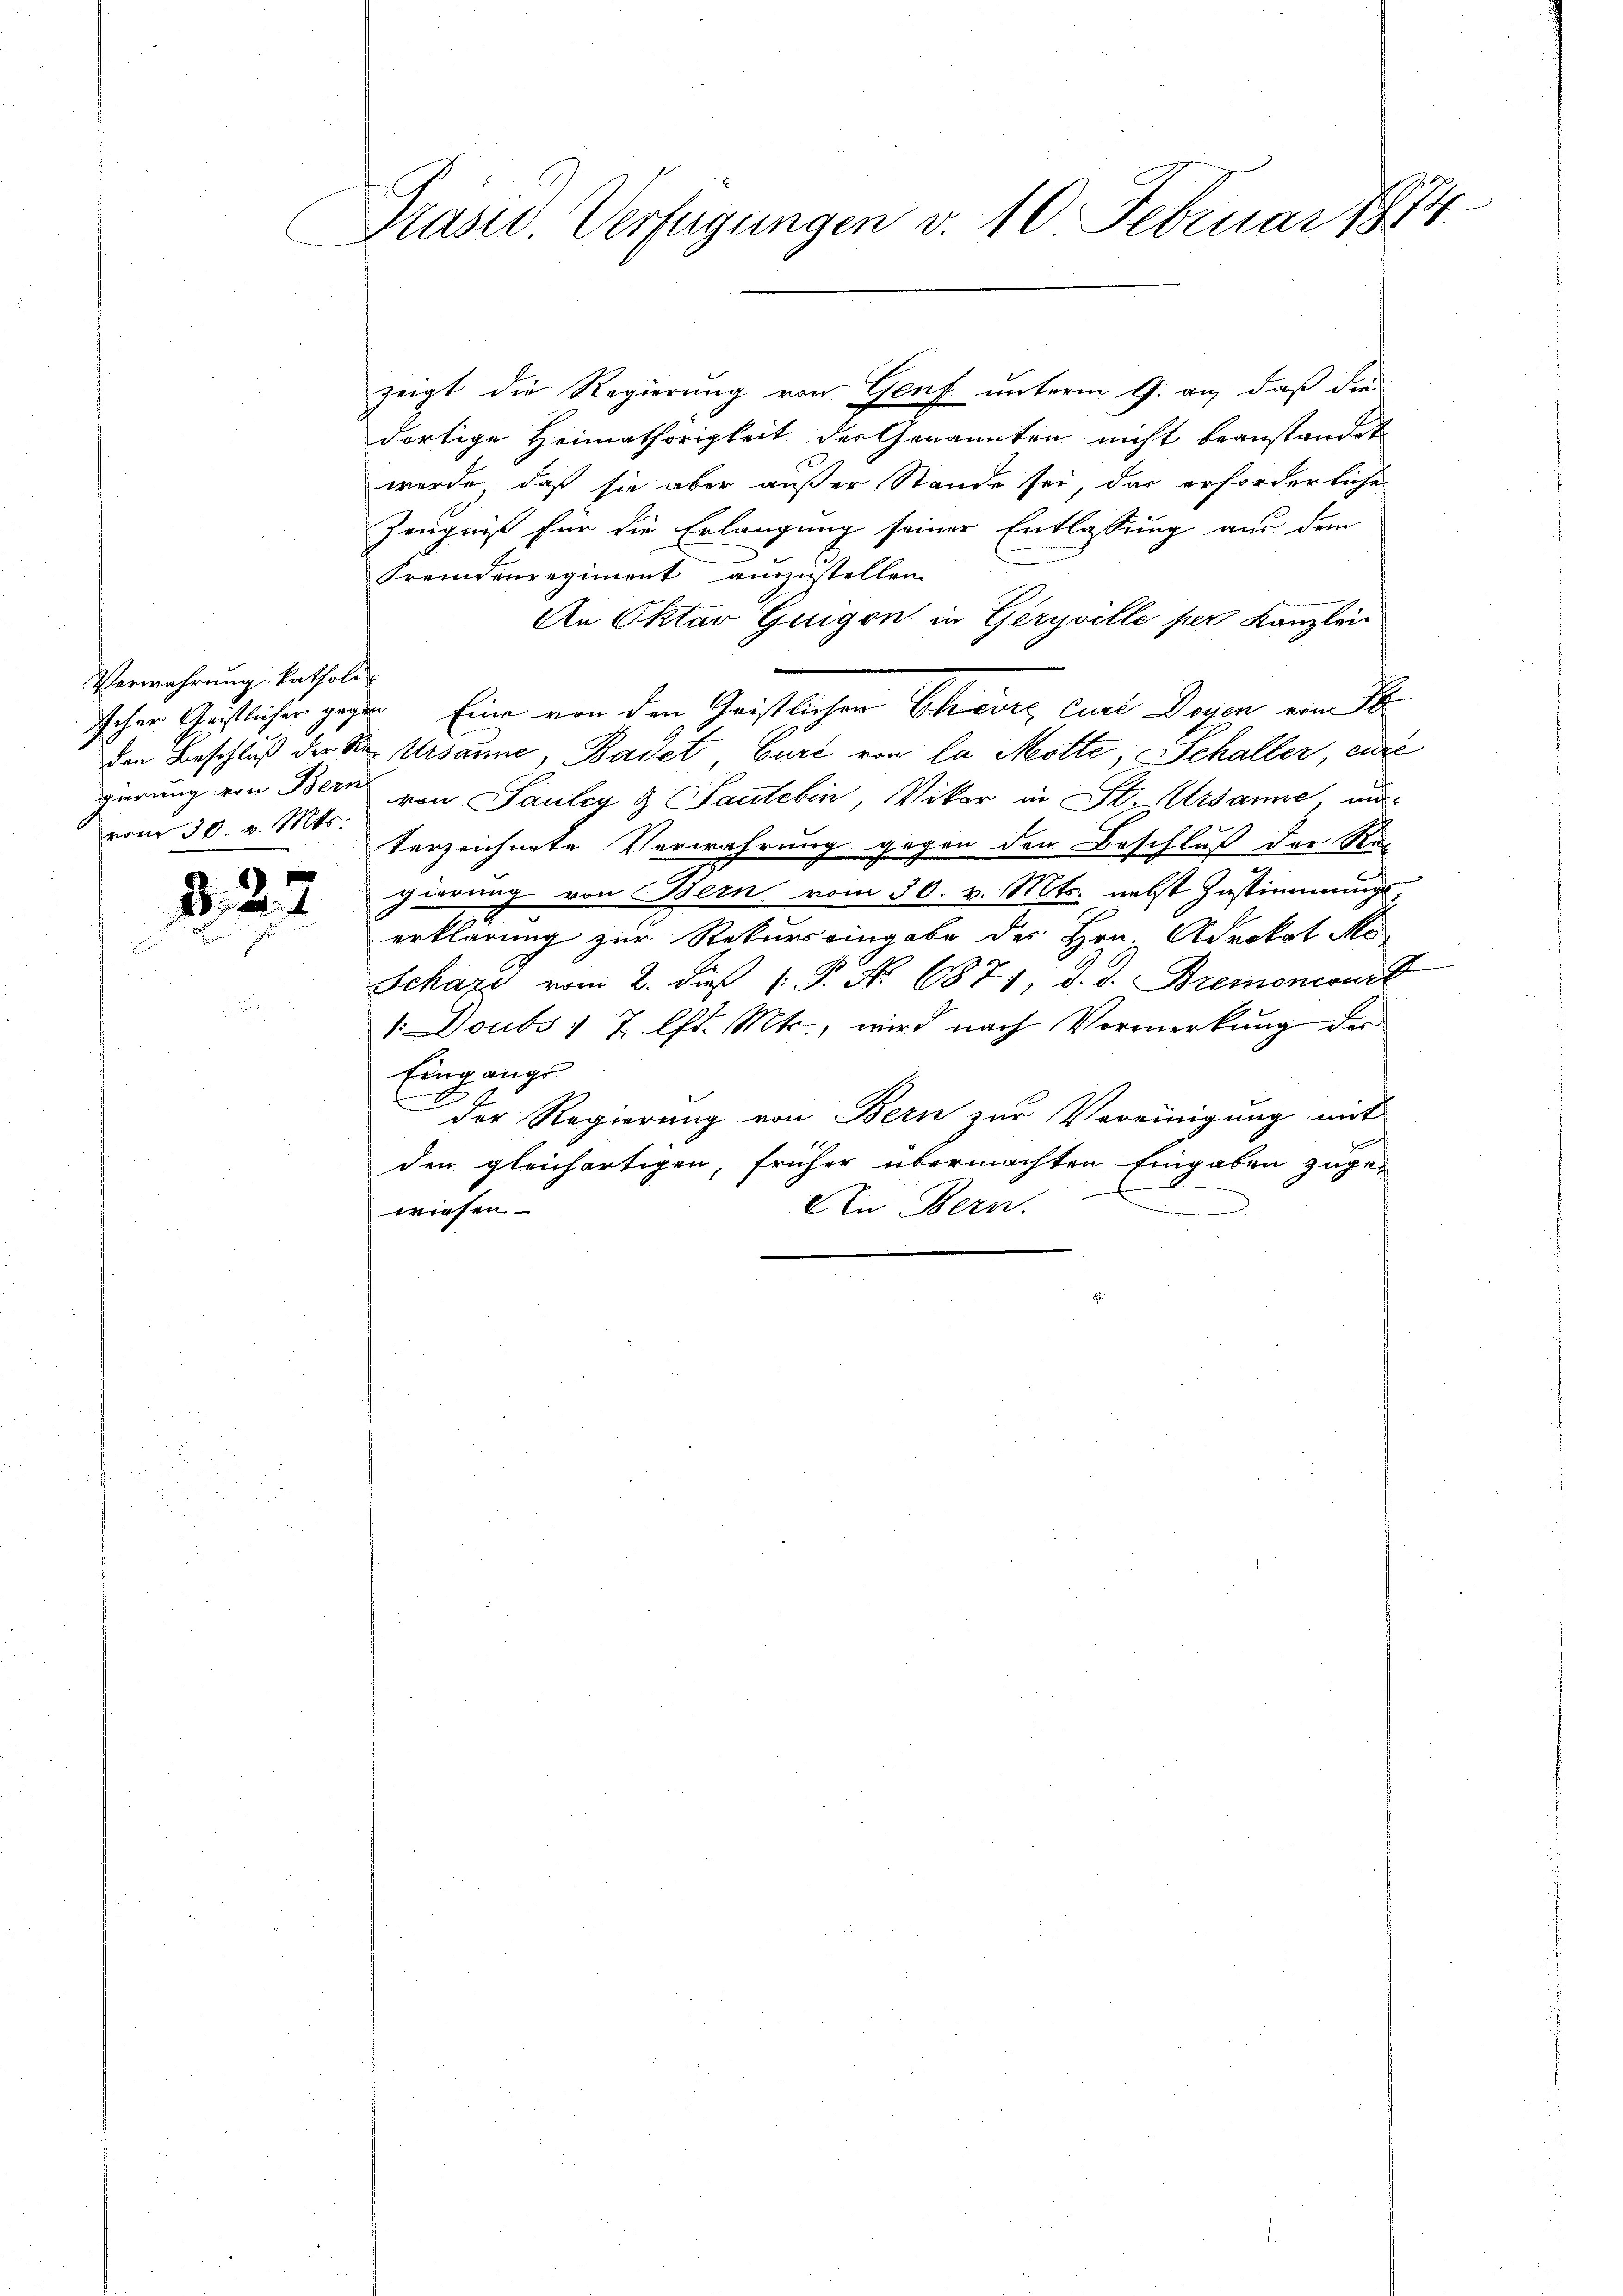
Verwahrung katholi-
vom 30. v. Mts.

2. 227

Präsid. Verfügungen v. 10. Februar 1814.

zeigt die Regierung von Genf unterm 9. an, daß die
dortige Heimathörigkeit der Genannten nicht beanstandet
werde, daß sie aber außer Stande sei, das erforderliche
Zeugniß für die Erlangung seiner Entlassung aus dem
Fremdenregiment auszustellen.
An Oktar Guigon in Geryville per Kanzlei
scher Geistlicher gegen Eine von den Geistlichen Ehere curi Doyen von S
den Beschluß der Ster Ursanne, Badet, Eure von la Motte, Schaller, eine
gierung von Bern von Pauley & Sautebin, Vikar in St. Ursanne, au
terzeichnete Verwahrung gegen den Beschluß der Rec
gierung von Bern vom 30. v. Mts. nebst Zustimmungs
erklärung zur Rekurs eingabe der Hrn. Advokat Me
Schart vom 2. daß 1. P. No. 1871, d. d. Bremonioni
1: Doubs 1 7 lfd. Mts., wird nach Vormerkung der
Eingange
der Regierung von Bern zur Vereinigung mit
den gleichartigen, früher übermachten Eingaben zuge-
e
An Bern.
wiesen